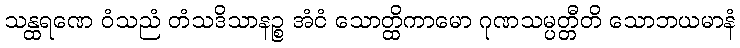
သန္ထရဏေ ဝံသညံ တံသဒိသာနဉ္စ အံငံ သောတ္ထိကာမော ဂုဏသမ္ပတ္တီတိ သောဘယမာနံ